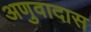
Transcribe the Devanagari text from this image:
अणुवादास